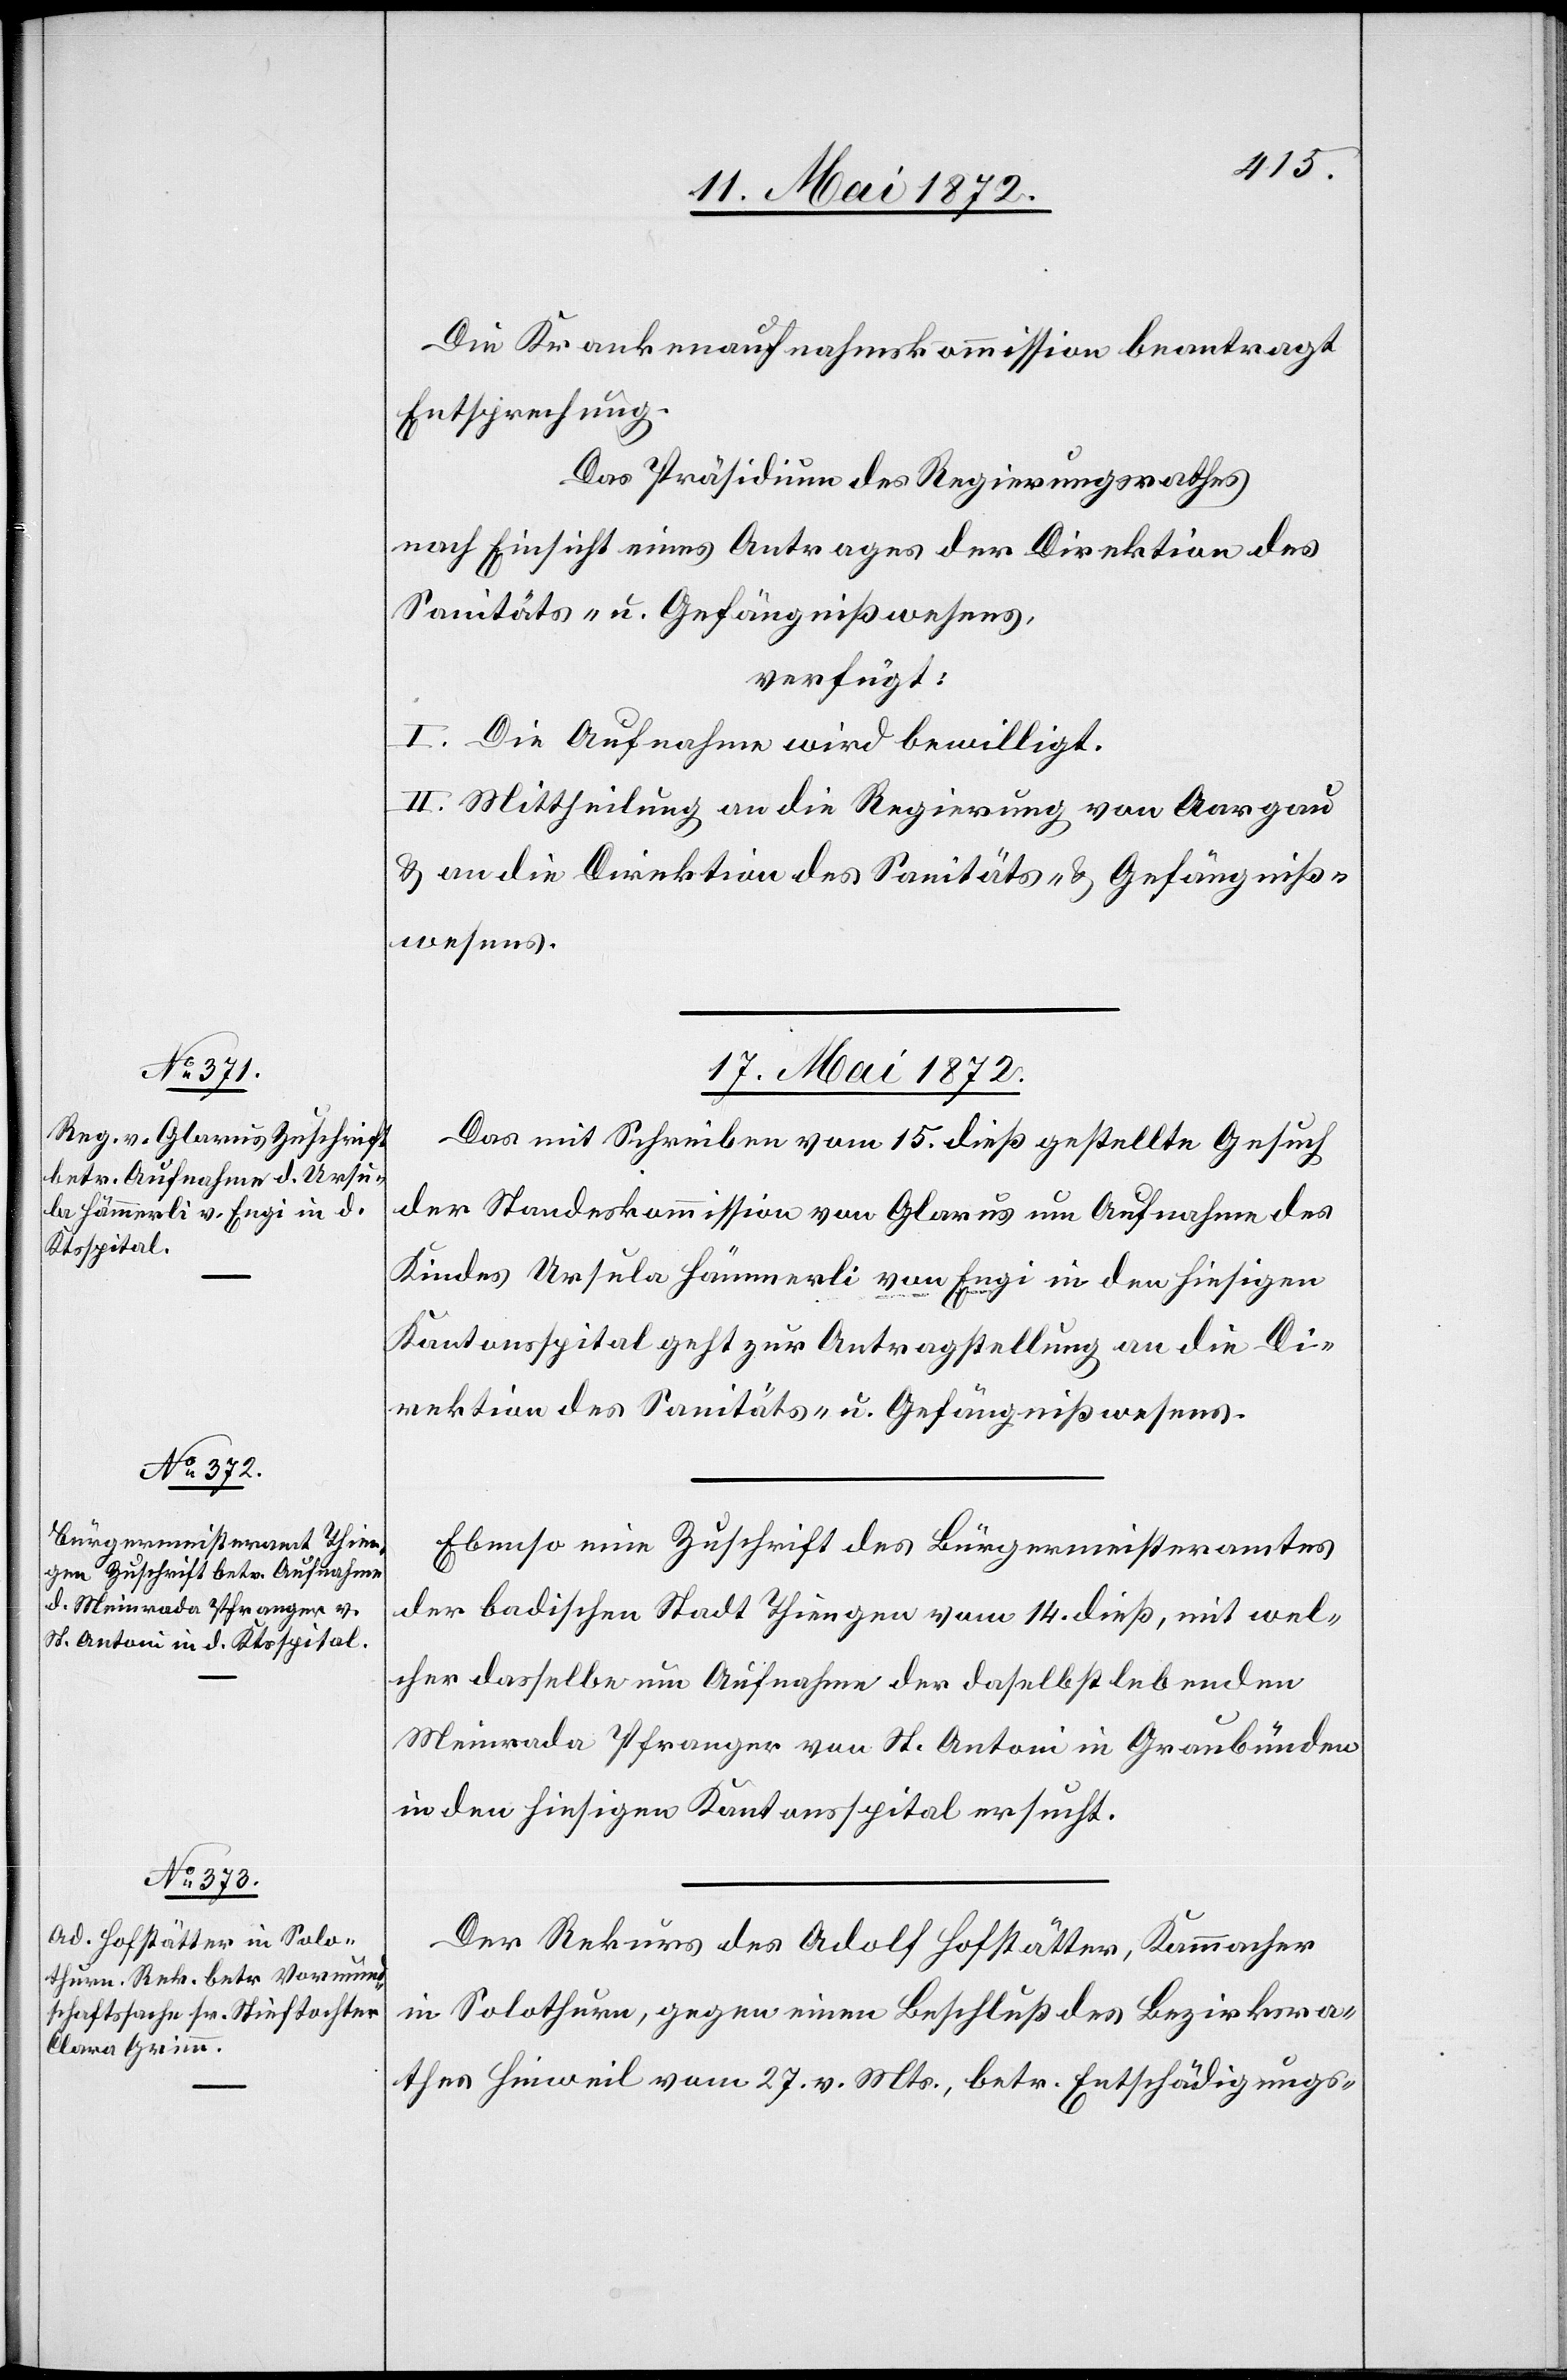
Die Krankenaufnahmskommission beantragt
Entsprechung.
Das Präsidium des Regierungsrathes
nach Einsicht eines Antrages der Direktion des
Sanitäts- u. Gefängnißwesens,
verfügt:
I. Die Aufnahme wird bewilligt.
II. Mittheilung an die Regierung von Aargau
u. an die Direktion des Sanitäts- u. Gefängniß¬
wesens.
17. Mai 1872.]
Das mit Schreiben vom 15. dieß gestellte Gesuch
der Standeskommission von Glarus um Aufnahme des
Kindes Ursula Hämmerli von Engi in den hiesigen
Kantonsspital geht zur Antragstellung an die Di¬
rektion des Sanitäts- u. Gefängnißwesens.
Ebenso eine Zuschrift des Bürgermeisteramtes
der badischen Stadt Thiengen vom 14. dieß, mit wel¬
cher dasselbe um Aufnahme der daselbst lebenden
Meinrada Pfranger von St. Antoni in Graubünden
in den hiesigen Kantonsspital ersucht.
Der Rekurs des Adolf Hofstätter, Kammacher
in Solothurn, gegen einen Beschluß des Bezirksra¬
thes Hinweil von 27. v. Mts., betr. Entschädigungs-